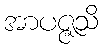
အာပဇ္ဇသိ